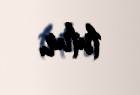
tutur.